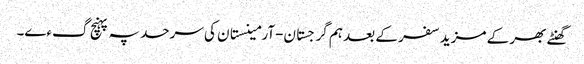
گھنٹے بھر کے مزید سفر کے بعد ہم گرجستان-آرمینستان کی سرحد پہ پہنچ گءے۔